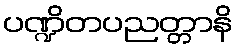
ပဏ္ဍိတပညတ္တာနိ